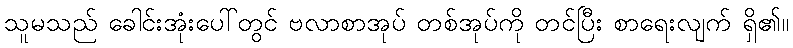
သူမသည် ခေါင်းအုံးပေါ်တွင် ဗလာစာအုပ် တစ်အုပ်ကို တင်ပြီး စာရေးလျက် ရှိ၏။